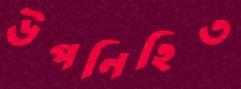
উপনিহিত